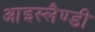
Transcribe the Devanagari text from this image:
आइस्लैण्डी